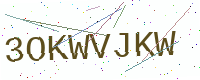
Text: 3OKWVJKW